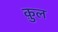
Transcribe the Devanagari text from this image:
क़ुल